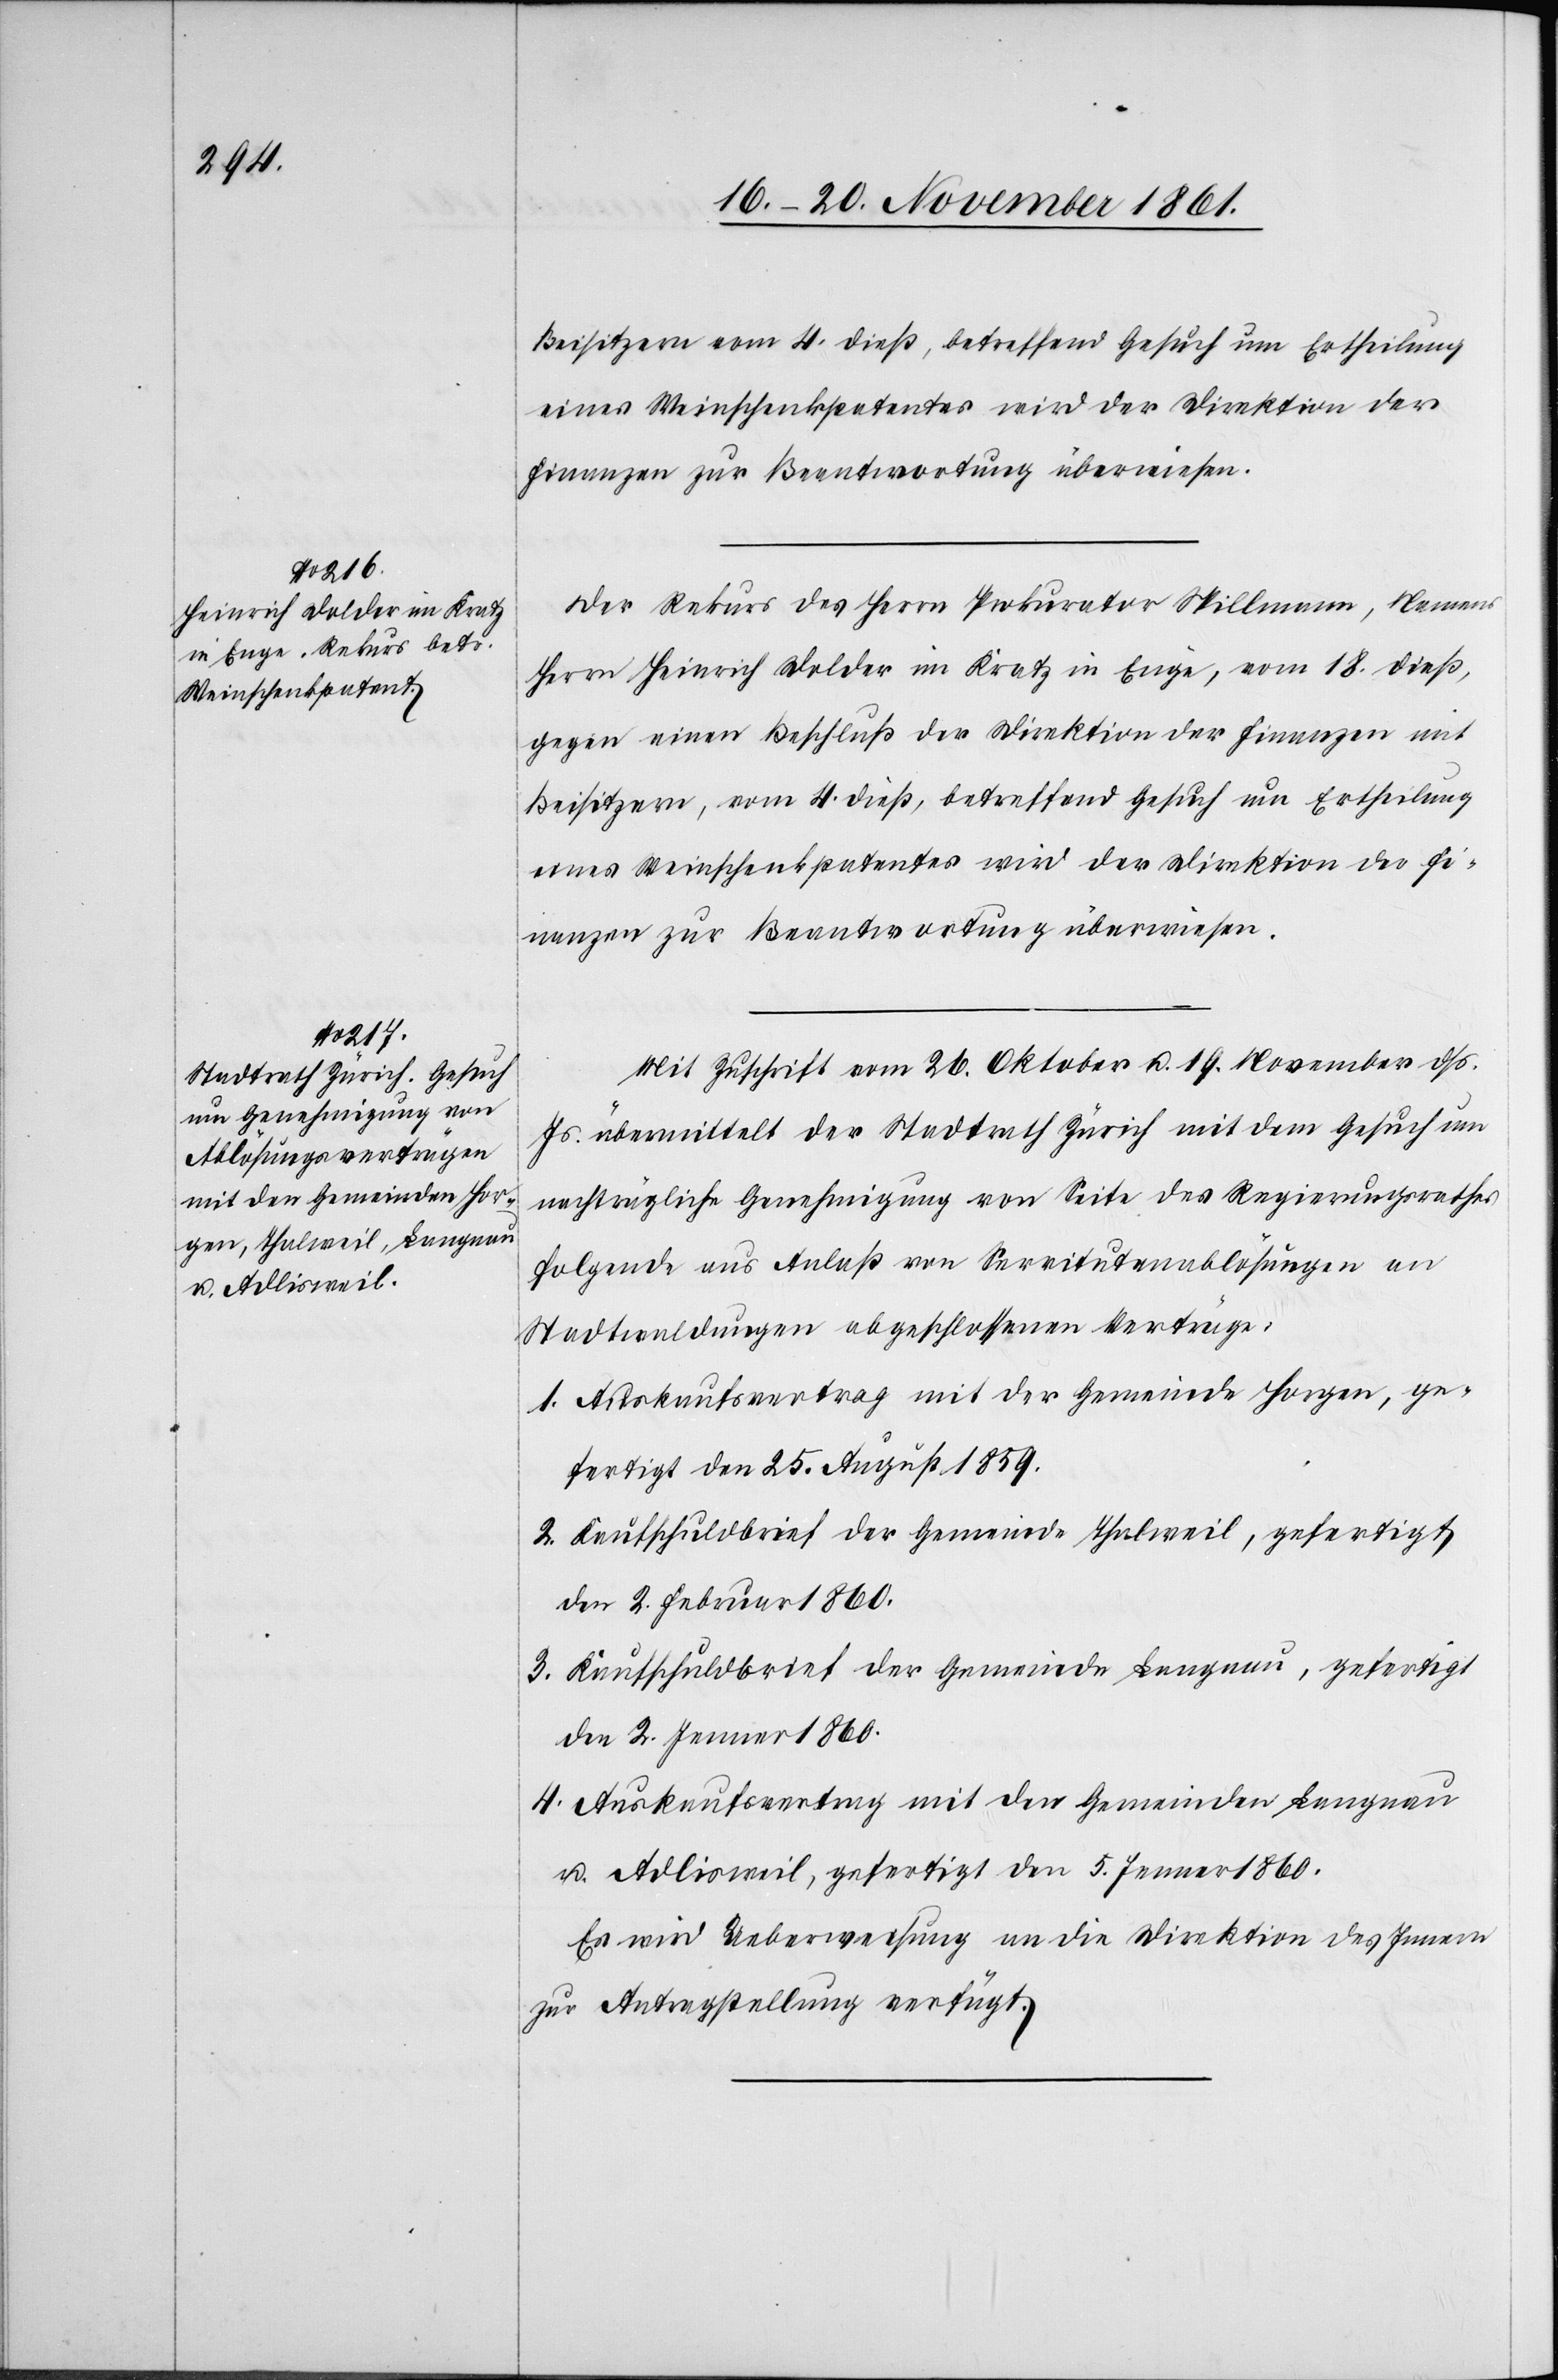
Beisitzern vom 4 dieß, betreffend Gesuch um Ertheilung
eines Weinschenkpatentes wird der Direktion der
Finanzen zur Beantwortung überwiesen.
Der Rekurs des Herrn Prokurator Spillmann, Namens
Herrn Heinrich Dolder im Kratz in Enge, vom 18 dieß,
gegen einen Beschluß der Direktion der Finanzen mit
Beisitzern, vom 4 dieß, betreffend Gesuch um Ertheilung
Mit Zuschrift vom 26 Oktober u. 19 November dß.
Js. übermittelt der Stadtrath Zürich mit dem Gesuch um
nachträgliche Genehmigung von Seite des Regierungsrathes
folgende aus Anlaß von Servitutenablösungen an
Stadtwaldungen abgeschlossenen Verträge:
1. Auskaufsvertrag mit der Gemeinde Horgen, ge¬
fertigt den 25 August 1859.
2. Kaufschuldbrief der Gemeinde Thalweil, gefertigt
den 2 Februar 1860.
3. Kaufschuldbrief der Gemeinde Langnau, gefertigt
den 2 Januar 1860.
4. Auskaufsvertrag mit den Gemeinden Langnau
u. Adlisweil, gefertigt den 5 Jenner 1860.
Es wird Ueberweisung an die Direktion des Innern
zur Antragstellung verfügt.